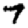
Digit: 7